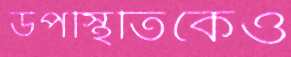
উপস্থিতিকেও